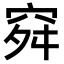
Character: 𥥤